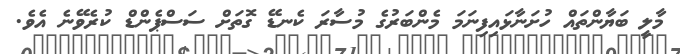
މާލީ ބަޔާންތައް ހުށަނާޅައިފިނަމަ މެންބަރުގެ މުސާރަ ކެނޑޭ ގޮތަށް ސަސްޕެންޑް ކުރެވޭނެ އެވެ.